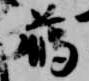
臈